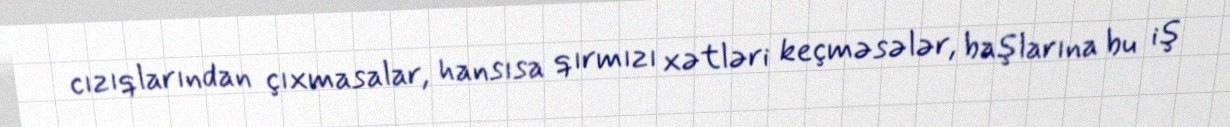
cızıqlarından çıxmasalar, hansısa qırmızı xətləri keçməsələr, başlarına bu iş